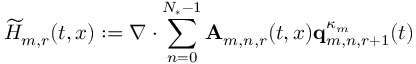
\widetilde { H } _ { m , r } ( t , x ) : = \nabla \cdot \sum _ { n = 0 } ^ { N _ { * } - 1 } \mathbf { A } _ { m , n , r } ( t , x ) \mathbf { q } _ { m , n , r + 1 } ^ { \kappa _ { m } } ( t )